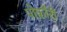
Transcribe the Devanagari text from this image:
पोर्फ़ोरी